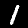
Label: 1